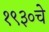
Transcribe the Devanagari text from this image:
१९३०चे